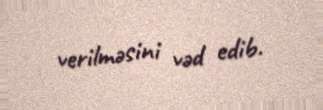
verilməsini vəd edib.